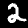
Digit: 2